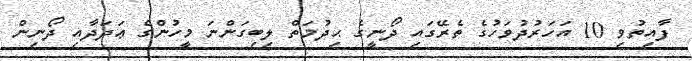
ފާއިތުވި 10 އަހަރުދުވަހުގެ ތެރޭގައި ދޯނީގެ ޙިދުމަތް ލިބިގަންނަ މީހުންގެ ޢަދަދާއި ދޯނިން